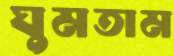
ঘুমতাম